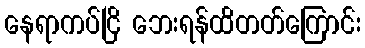
နေရာကပ်ငြိ ဘေးရန်ထိတတ်ကြောင်း